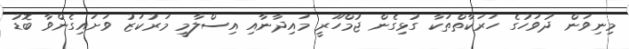
މިނިވަން ދުވަހުގެ ހަރަކާތްތަކާ ގުޅިގެން ޖުމްހޫރީ މައިދާނާއި އިސްލާމީ މަރުކަޒު ވަށައިގެންވާ ބޮޑު